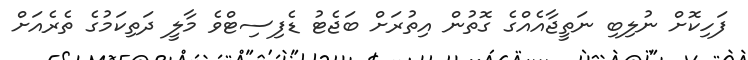
ފަހިކޮށް ނުލިބި ނަތީޖާއެއްގެ ގޮތުން އިތުރަށް ބަޖެޓު ޑެފިސިޓްވެ މާލީ ދަތިކަމުގެ ތެރެއަށް